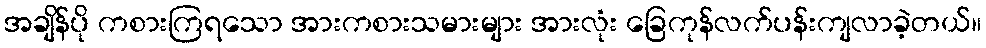
အချိန်ပို ကစားကြရသော အားကစားသမားများ အားလုံး ခြေကုန်လက်ပန်းကျလာခဲ့တယ်။